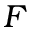
\boldsymbol { F }